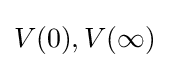
V(0),V(\infty )